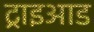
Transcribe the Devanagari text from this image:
ट्राइआड